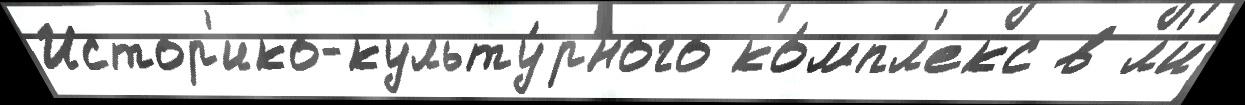
Истор'ико-культу́рного ко́мпл'екс в л'и